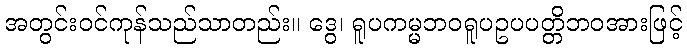
အတွင်းဝင်ကုန်သည်သာတည်း။ ဒွေ၊ ရူပကမ္မဘဝရူပဥပပတ္တိဘဝအားဖြင့်